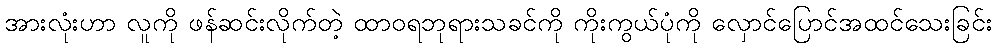
အားလုံးဟာ လူကို ဖန်ဆင်းလိုက်တဲ့ ထာဝရဘုရားသခင်ကို ကိုးကွယ်ပုံကို လှောင်ပြောင်အထင်သေးခြင်း